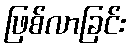
ဖြစ်လာခြင်း